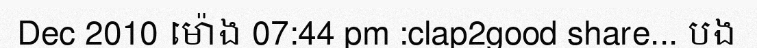
Dec 2010 ម៉ោង 07:44 pm :clap2good share... បង